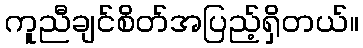
ကူညီချင်စိတ်အပြည့်ရှိတယ်။